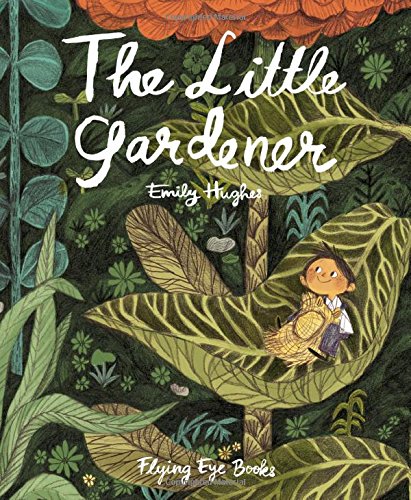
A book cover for The Little Gardener; Self-Help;